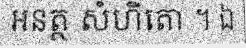
អនត្ថ សំហិតោ ។ ឯ